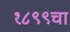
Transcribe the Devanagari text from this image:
१८९९चा